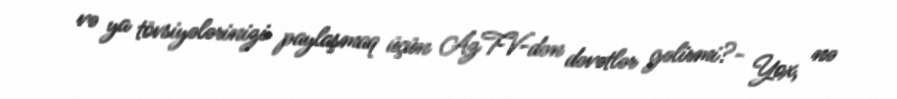
və ya tövsiyələrinizi paylaşmaq üçün AzTV-dən dəvətlər gəlirmi?- Yox, nə